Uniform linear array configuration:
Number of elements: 48
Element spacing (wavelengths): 0.5
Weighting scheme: cosine
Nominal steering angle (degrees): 15
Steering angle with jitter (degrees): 13.817
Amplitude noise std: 0.05
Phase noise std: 0.05

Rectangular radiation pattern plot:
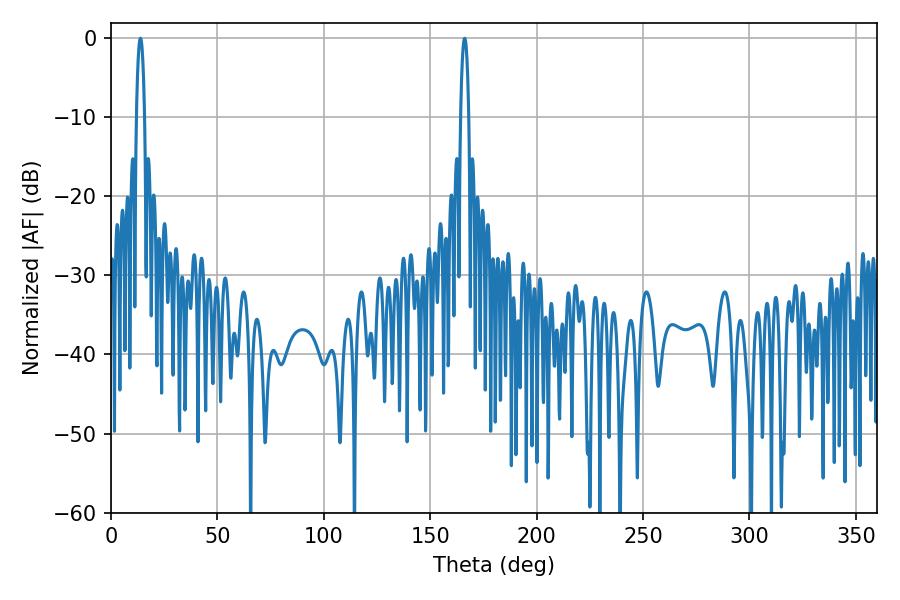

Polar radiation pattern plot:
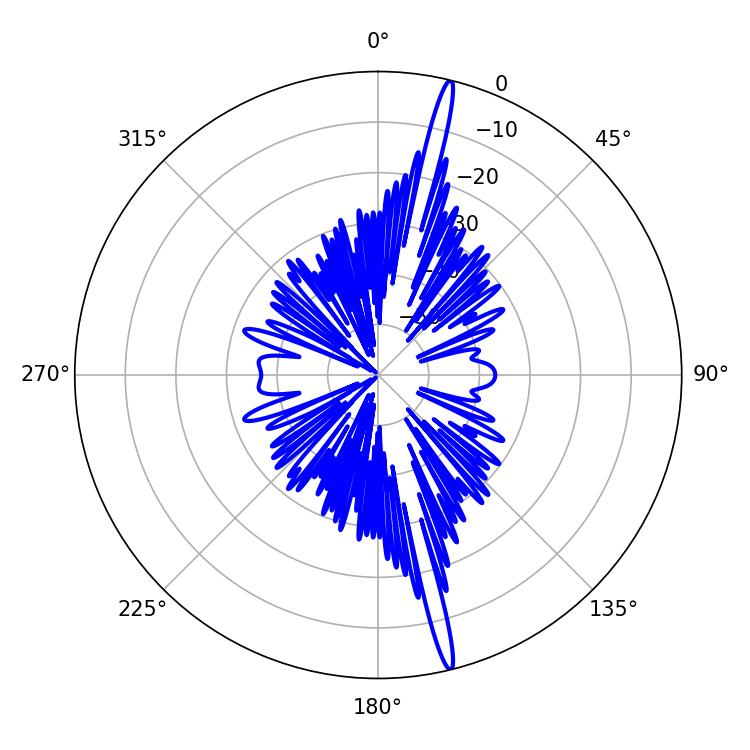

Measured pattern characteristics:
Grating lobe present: FALSE
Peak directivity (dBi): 19.866
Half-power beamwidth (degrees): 2.16
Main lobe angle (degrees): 166.14